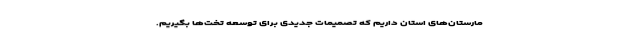
مارستان‌های استان داریم که تصمیمات جدیدی برای توسعه تخت‌ها بگیریم.